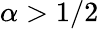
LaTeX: \alpha>1/2